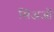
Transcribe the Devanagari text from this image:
सिअओं